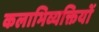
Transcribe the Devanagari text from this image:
कलाभिव्यक्तियों